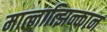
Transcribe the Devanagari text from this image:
मात्लात्झिन्कान